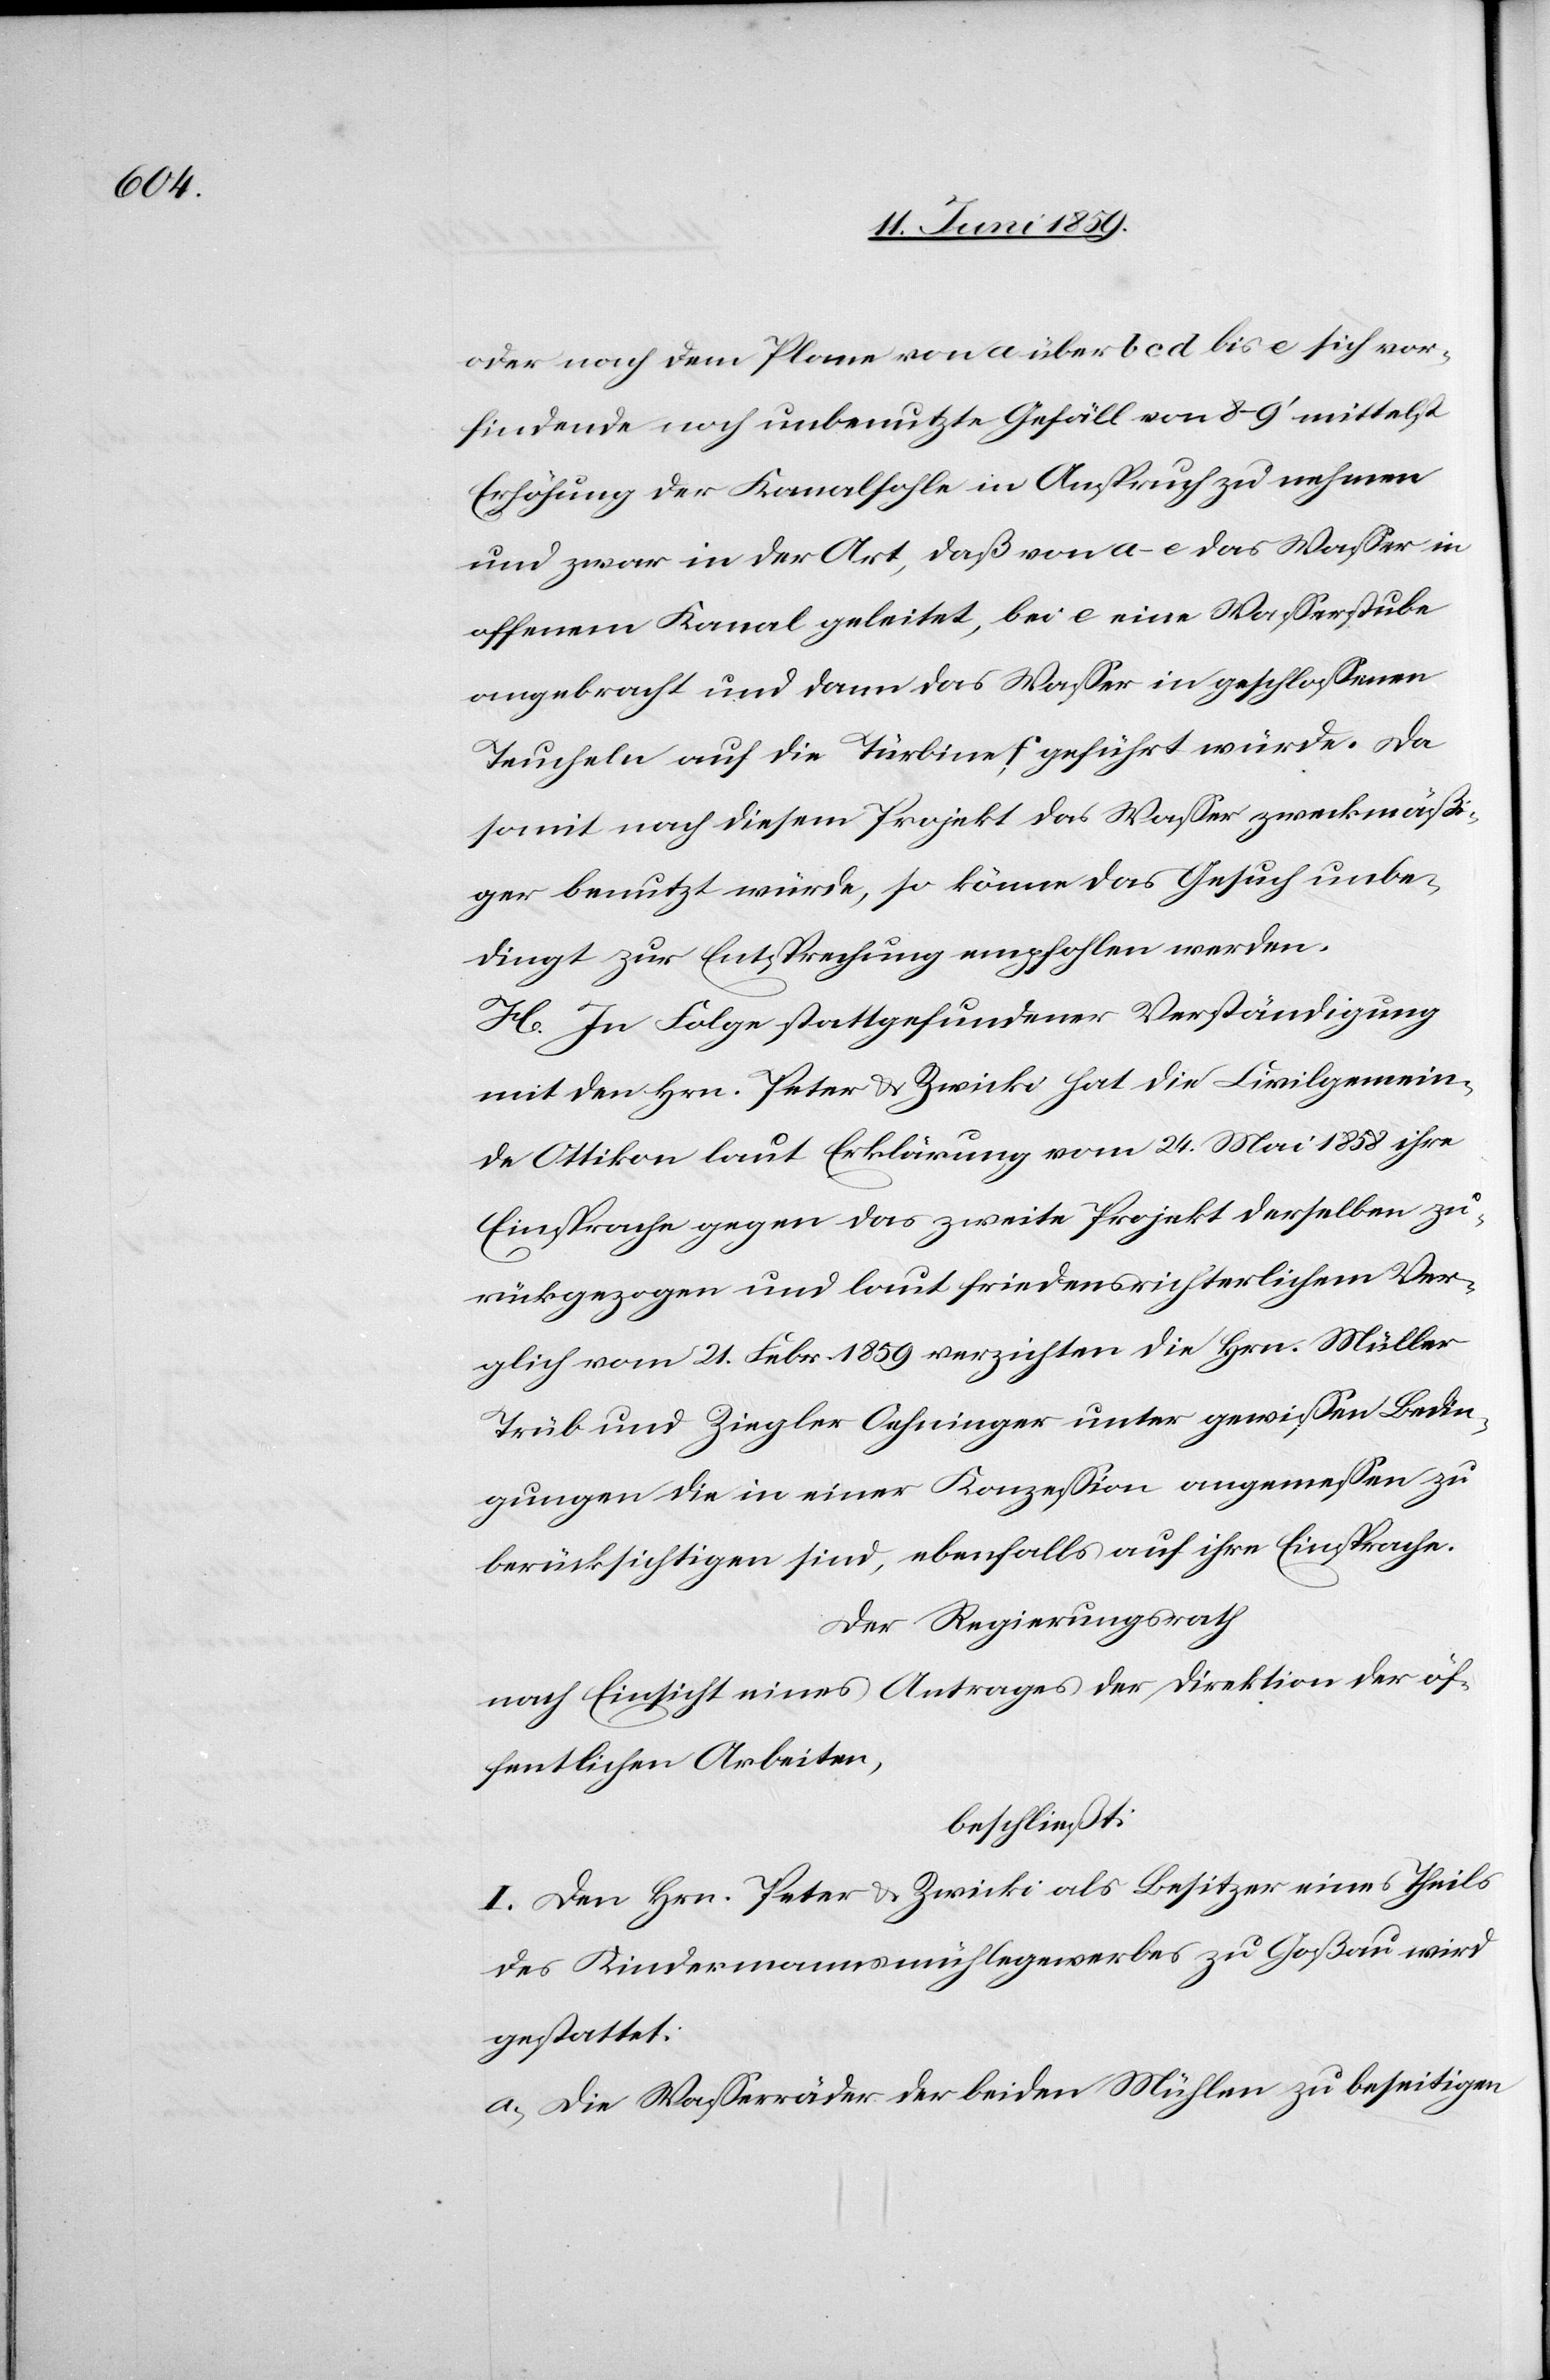
oder nach dem Plane von a über b c d bis e sich vor¬
findende noch unbenutzte Gefäll von 8–9' mittelst
Erhöhung der Kanalsohle in Anspruch zu nehmen
und zwar in der Art, daß von a–e das Wasser in
offenem Kanal geleitet, bei e eine Wasserstube
angebracht und dann das Wasser in geschlossenen
Teucheln auf die Türbine f geführt würde. Da
somit nach diesem Projekt das Wasser zweckmäßi¬
ger benutzt würde, so könne das Gesuch unbe¬
dingt zur Entsprechung empfohlen werden.
H. In Folge stattgefundener Verständigung
mit den Hrn. Peter & Zwicki hat die Civilgemein¬
de Ottikon laut Erklärung vom 24. Mai 1858 ihre
Einsprache gegen das zweite Projekt derselben zu¬
rückgezogen und laut friedensrichterlichem Ver¬
gleich vom 21. Febr. 1859 verzichten die Hrn. Müller
Trüb und Ziegler Oehninger unter gewissen Bedin¬
gungen die in einer Konzession angemessen zu
berücksichtigen sind, ebenfalls auf ihre Einsprache.
Der Regierungsrath
nach Einsicht eines Antrages der Direktion der öf¬
fentlichen Arbeiten,
beschließt:
I. Den Hrn. Peter & Zwicki als Besitzer eines Theils
des Kindermannsmühlegewerbes zu Goßau wird
gestattet:
a) Die Wasserräder der beiden Mühlen zu beseitigen